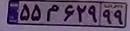
۵۵م۶۲۹۹۹